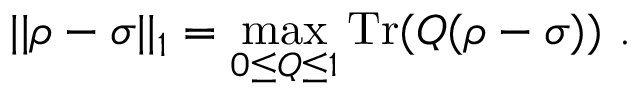
| | \rho - \sigma | | _ { 1 } = \operatorname* { m a x } _ { 0 \leq Q \leq 1 } \operatorname { T r } ( Q ( \rho - \sigma ) ) ~ .